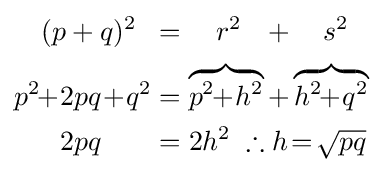
{\begin{aligned}(p+q)^{2}\;\;&=\quad r^{2}\;\;\,+\quad s^{2}\\p^{2}\!\!+\!2pq\!+\!q^{2}&=\overbrace {p^{2}\!\!+\!h^{2}} +\overbrace {h^{2}\!\!+\!q^{2}} \\2pq\quad \;\;\;&=2h^{2}\;\therefore h\!=\!{\sqrt {pq}}\\\end{aligned}}